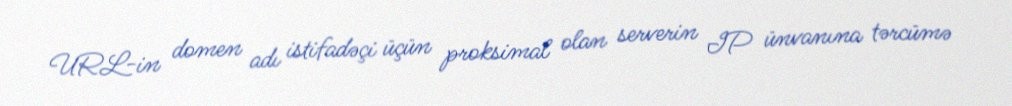
URL-in domen adı istifadəçi üçün proksimal olan serverin IP ünvanına tərcümə